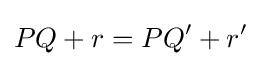
PQ+r=PQ'+r'